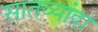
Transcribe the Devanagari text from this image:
सातव्यांदा